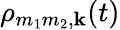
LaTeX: \rho_{m_{1}m_{2},\mathbf k}(t)